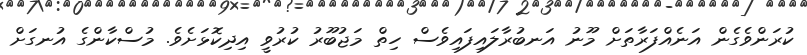
ކުރަންވެގެން އަނެއްފަރާތަށް މޫނު އަނބުރާލައިފައިވެސް ހިތް މަޖުބޫރު ކުރުވީ އިދިކޮޅަށެވެ. މުސްކާންގެ އުނގަށް